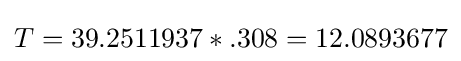
T=39.2511937*.308=12.0893677